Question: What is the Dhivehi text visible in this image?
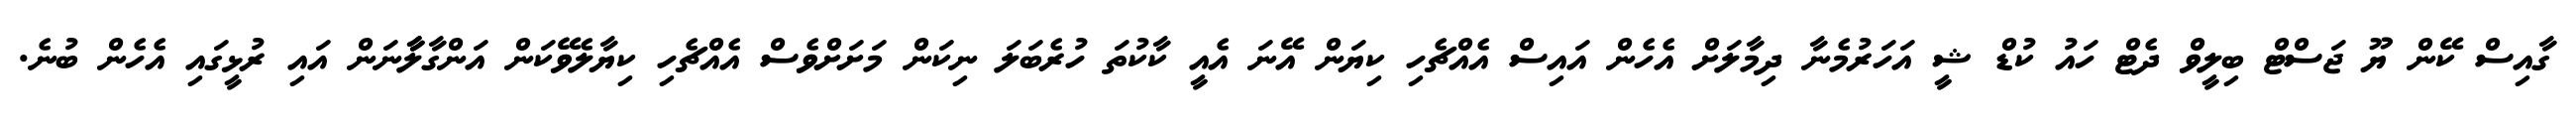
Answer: ގާއިސް ކޭން ޔޫ ޖަސްޓް ބިލީވް ދެޓް ހައު ކުޑް ޝީ އަހަރުމެނާ ދިމާލަށް އެހެން އައިސް އެއްޗެހި ކިޔަން އޭނަ އެއީ ކާކުތަ ހުރެބަލަ ނިކަން މަށަށްވެސް އެއްޗެހި ކިޔާލެވޭކަން އަންގާލާާނަން އައި ރުޅީގައި އެހެން ބުނެ.